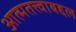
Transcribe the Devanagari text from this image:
आत्मतत्त्वाबद्दल